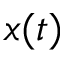
x ( t )